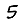
Digit: 5